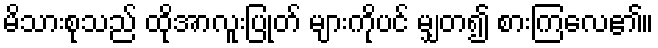
မိသားစုသည် ထိုအာလူးပြုတ် များကိုပင် မျှတ၍ စားကြလေ၏။